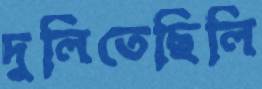
দুলিতেছিলি